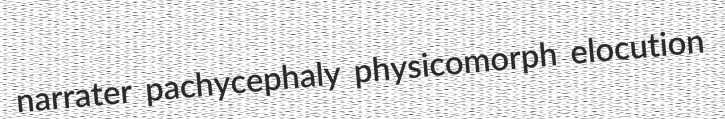
narrater pachycephaly physicomorph elocution